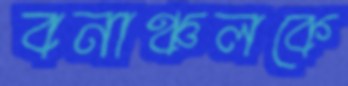
বনাঞ্চলকে